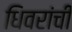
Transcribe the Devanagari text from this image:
धिवरांची